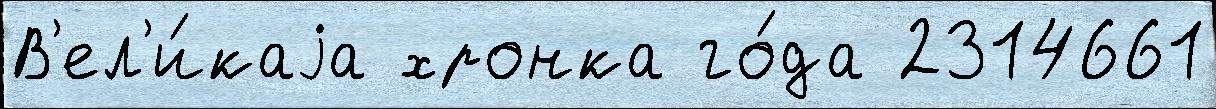
В'ел'и́каjа хронка го́да 2314661